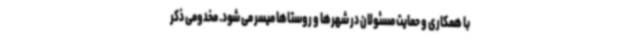
با همکاری و حمایت مسئولان در شهرها و روستاها میسر می شود. مخدومی ذکر